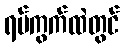
ရပ်ကွက်ထဲတွင်